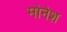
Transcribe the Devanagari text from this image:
मोनेश